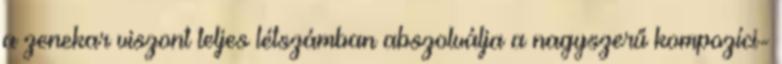
a zenekar viszont teljes létszámban abszolválja a nagyszerű kompozíci-